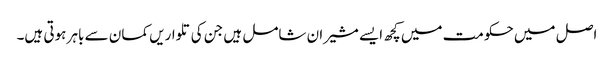
اصل میں حکومت میں کچھ ایسے مشیران شامل ہیں جن کی تلواریں کمان سے باہر ہوتی ہیں۔